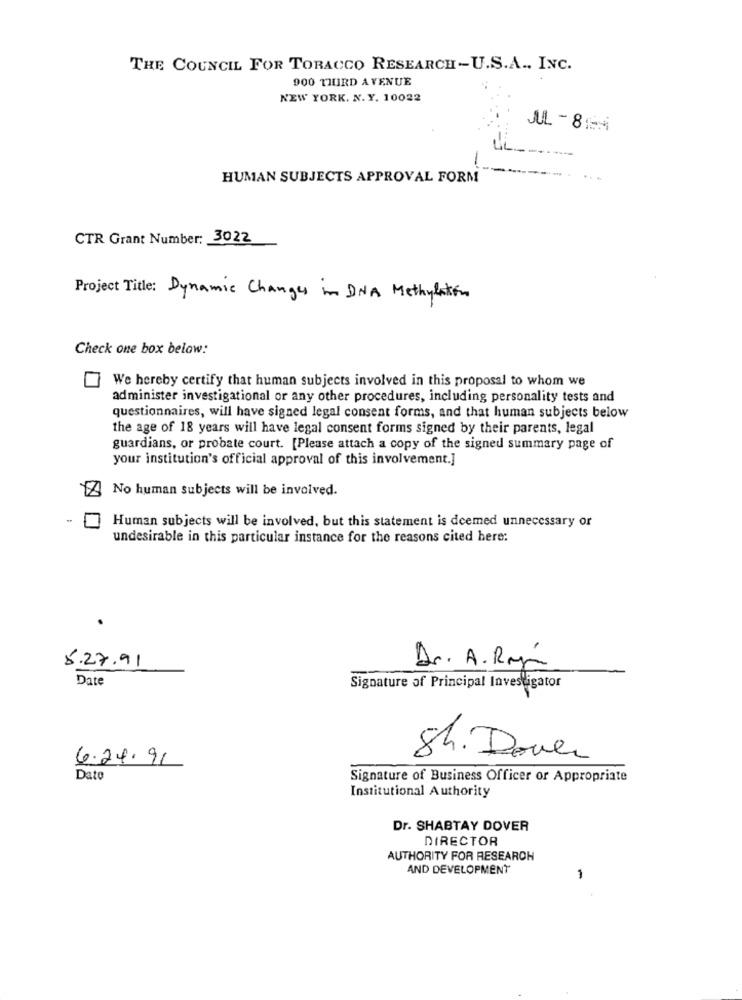
THE COUNCIL FOR TOBACCO RESEARCH-U.S.A ., INC.
900 TIURD AVENUE
NEW YORK. N.Y. 10022
JUL - 8 :54
-
HUMAN SUBJECTS APPROVAL FORM
CTR Grant Number: 3022
Project Title: Dynamic Changes in DNA Methylakon
Check one box below:
We hereby certify that human subjects involved in this proposal to whom we
administer investigational or any other procedures, including personality tests and
questionnaires, will have signed legal consent forms, and that human subjects below
the age of 18 years will have legal consent forms signed by their parents, legal
guardians, or probate court. [Please attach a copy of the signed summary page of
your institution's official approval of this involvement.]
No human subjects will be involved.
Human subjects will be involved, but this statement is deemed unnecessary or
undesirable in this particular instance for the reasons cited here:
5.27.91
Dr. A. Raja
Date
Signature of Principal Investigator
6.24.91
8h. Dove
Dato
Signature of Business Officer or Appropriate
Institutional Authority
Dr. SHABTAY DOVER
DIRECTOR
AUTHORITY FOR RESEARCH
AND DEVELOPMENT
-